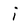
Character: i